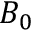
B _ { 0 }